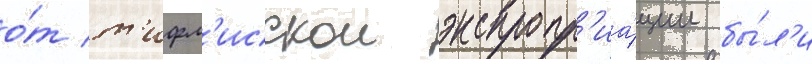
о́т т'ифл'исскои экспропр'иа́ции бы́л'и